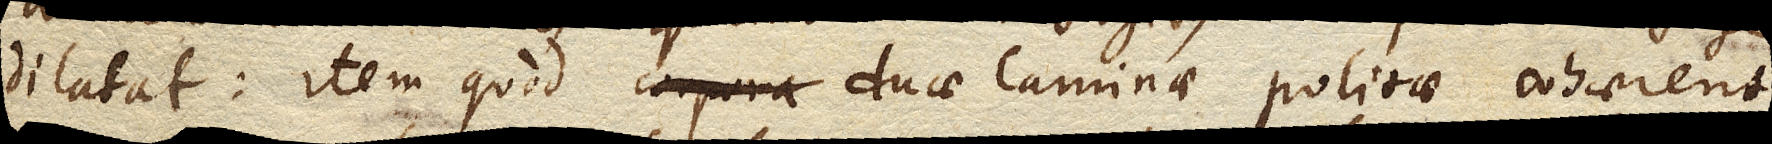
dilatat: item quod corpora duae laminae politae cohaerent,